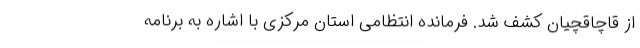
از قاچاقچیان کشف شد. فرمانده انتظامی استان مرکزی با اشاره به برنامه